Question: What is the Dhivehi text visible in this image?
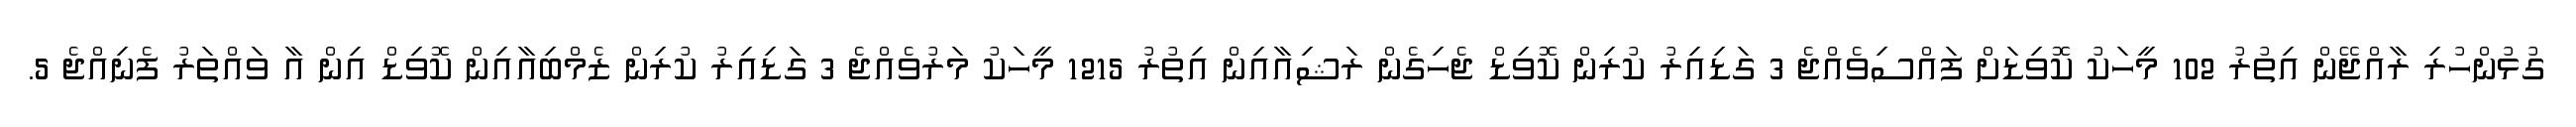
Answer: ގުޅުންހުރި ރާއްޖޭން އިތުރު 102 މީހަކު ކޮވިޑަށް ފައްސިވެއްޖެ 3 ގަޑިއިރު ކުރިން ކޮވިޑް ޖެހިގެން ރަޝިއާއިން އިތުރު 1215 މީހަކު މަރުވެއްޖެ 3 ގަޑިއިރު ކުރިން ޒެމްބިއާއިން ކޮވިޑް އިން އާ ވައްތަރު ފެނިއްޖެ 5.